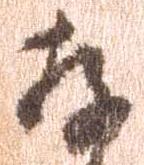
存